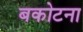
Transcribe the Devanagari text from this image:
बकोटना